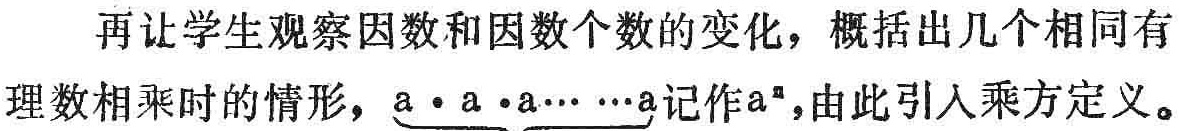
再让学生观察因数和因数个数的变化，概括出几个相同有理数相乘时的情形，\(\underbrace{a\cdot a\cdot a\cdots\cdots a}_{n个a}\)记作\(a^{n}\)，由此引入乘方定义。